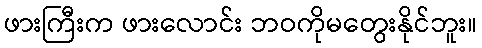
ဖားကြီးက ဖားလောင်း ဘဝကိုမတွေးနိုင်ဘူး။